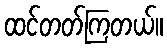
ထင်တတ်ကြတယ်။